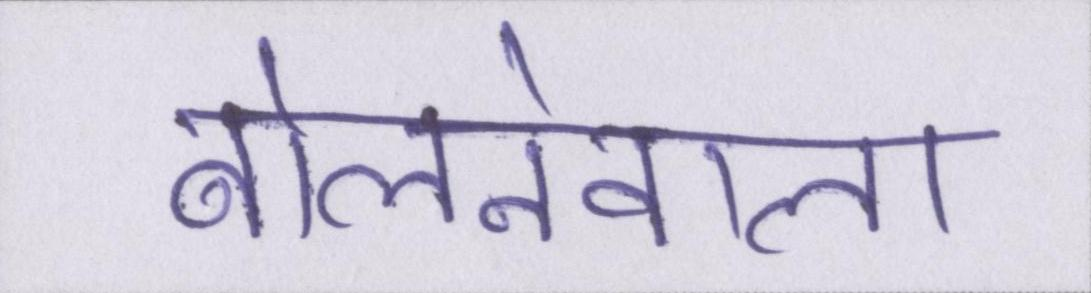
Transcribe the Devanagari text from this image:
बोलनेवाला